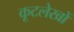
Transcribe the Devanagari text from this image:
कूटलेखों